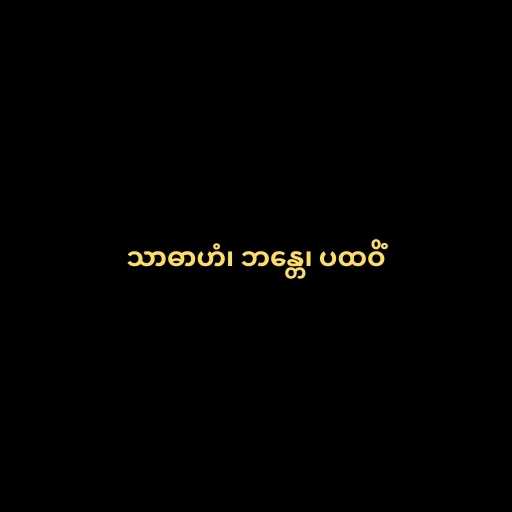
သာဓာဟံ၊ ဘန္တေ၊ ပထဝိံ